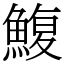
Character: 鰒